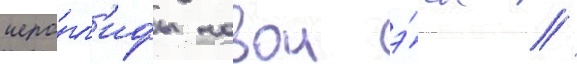
иеро́гл'ифы новои э́ры //